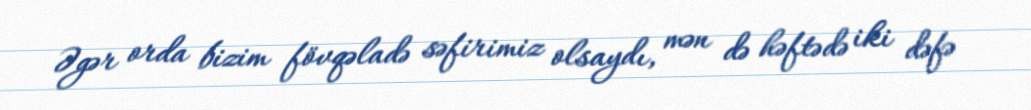
Əgər orda bizim fövqəladə səfirimiz olsaydı, mən də həftədə iki dəfə